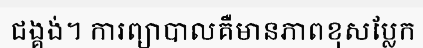
ជង្គង់។ ការព្យាបាលគឺមានភាពខុសប្លែក